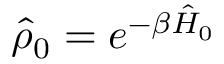
\hat { \rho } _ { 0 } = e ^ { - \beta \hat { H } _ { 0 } }